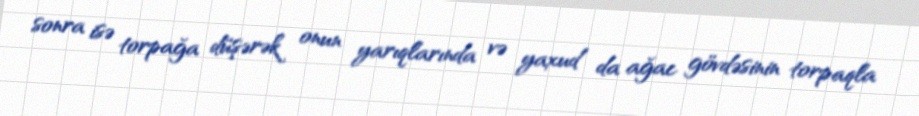
sonra isə torpağa düşərək onun yarıqlarında və yaxud da ağac gövdəsinin torpaqla